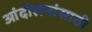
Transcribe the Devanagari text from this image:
आंदोलनांसाठी